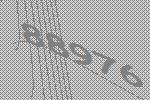
88976